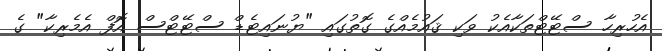
އެހުރިހާ ސްޓޭޓްތަކާއެކު ވަކި ޤައުމެއްގެ ގޮތުގައި "ޔުނައިޓެޑް ސްޓޭޓްސް އޮފް އެމެރިކާ" ގެ